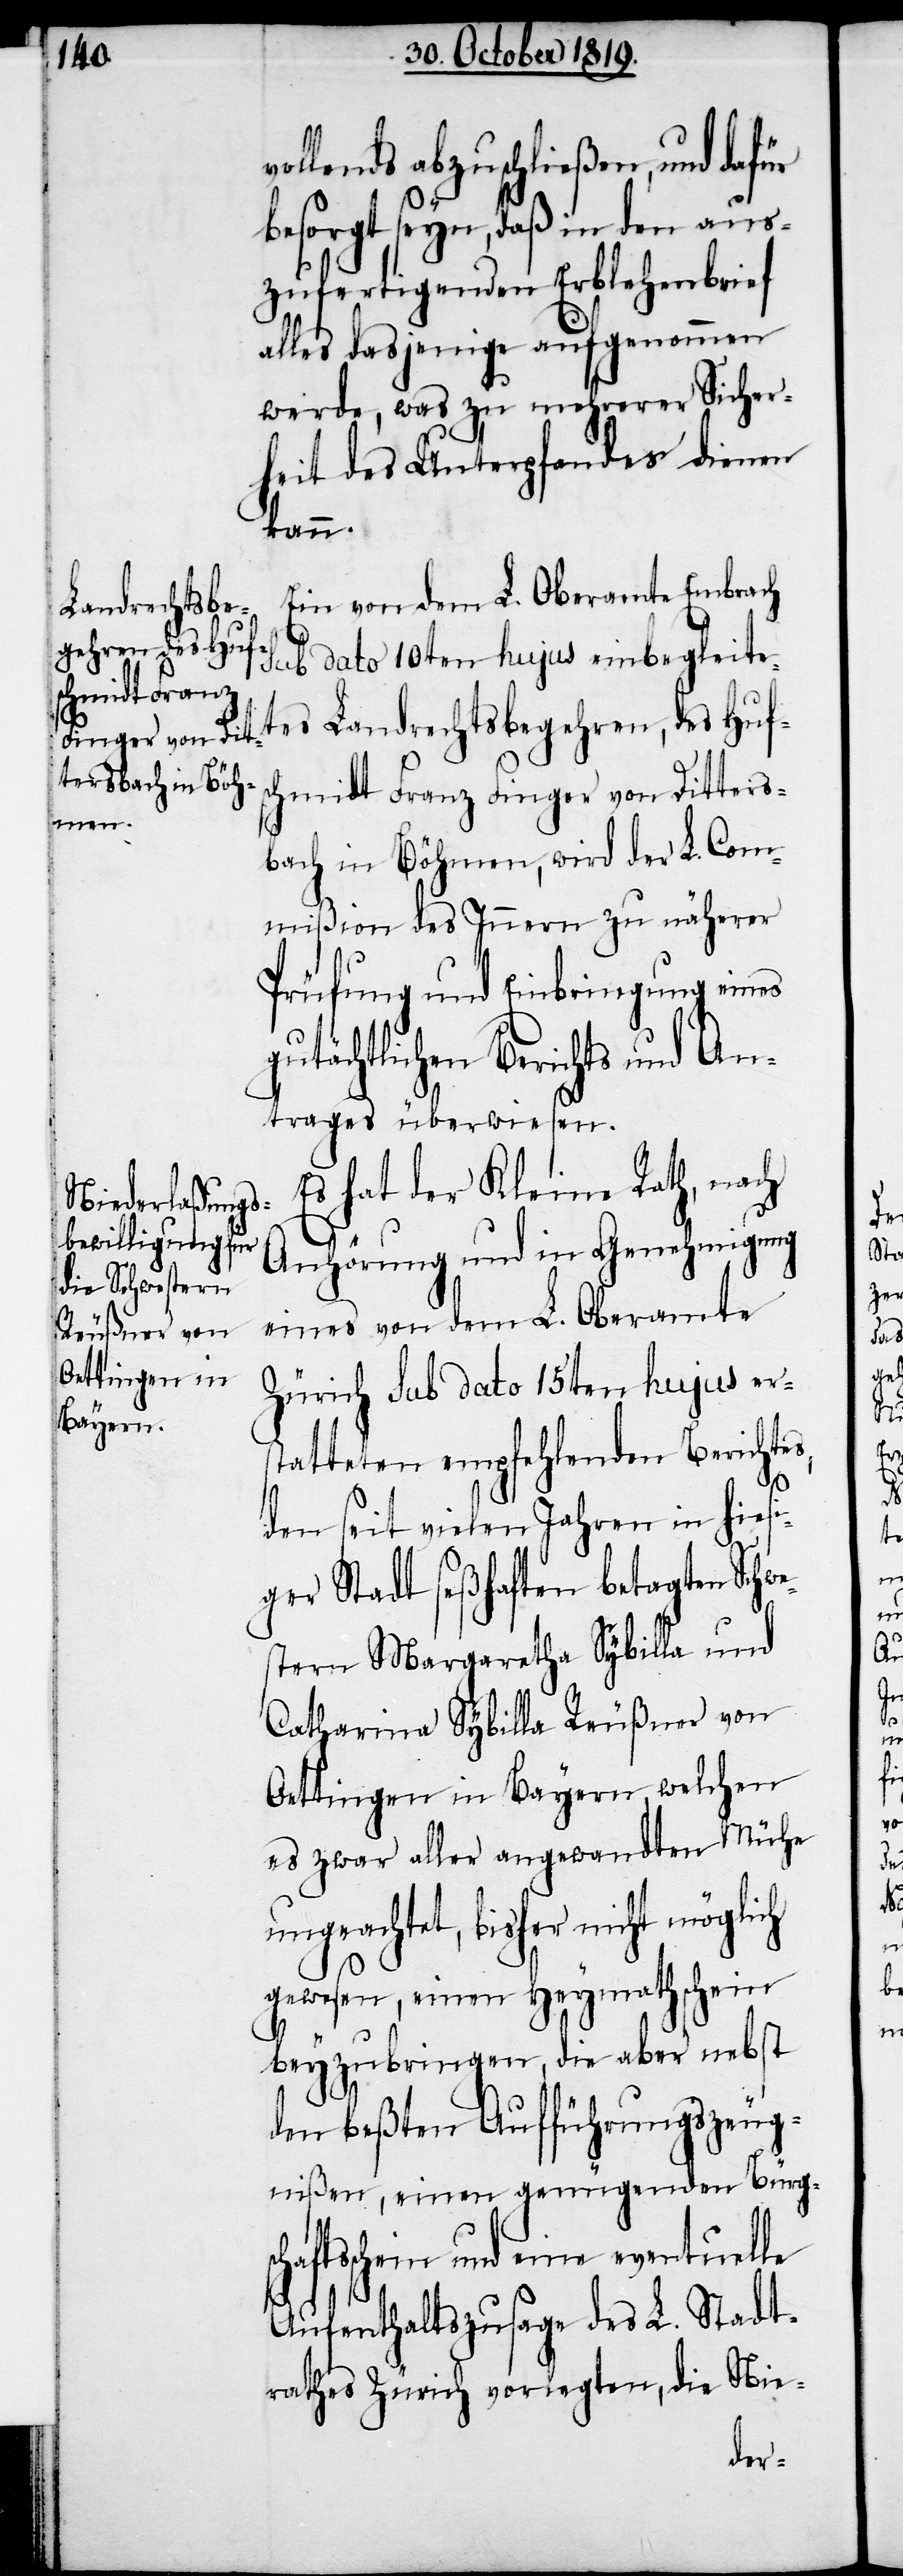
lends abzuschließen, und dafür
besorgt seyn, daß in den aus¬
zufertigenden Erblehenbrief
alles dasjenige aufgenommen
werde, was zu mehrerer Sicher¬
heit des Unterpfandes dienen
kann.
Ein von dem L. Oberamte Embrach
einbegleite¬
tes Landrechtsbegehren, des Hufs¬
chmidt Franz Finger von Ditters¬
bach in Böhmen, wird der L. Com¬
mißion des Innern zu näherer
Prüfung und Einbringung eines
gutächtlichen Berichts und An¬
trages überwiesen.
Es hat der Kleine Rath, nach
Anhörung und in Genehmigung
eines von dem L. Oberamte
Zürich sub dato 15ten hujus er¬
scha	f¬
statteten empfehlenden Berichtes,
den seit vielen Jahren in hiesi¬
ger Stadt seßhaften betagten Schwe¬
stern Margaretha Sybilla und
Catharina Sybilla Reußner von
Oettingen in Bayern, welchen
es zwar aller angewandten Mühe
ungeachtet, bisher nicht möglich
gewesen, einen Heymathschein
beyzubringen, die aber nebst
den beßten Aufführungszeug¬
nißen, einen genügenden Bürg¬
tsschein und eine eventuelle
Aufenthaltszusage des L. Stadt¬
rathes Zürich vorlegten, die Nie-
vol¬